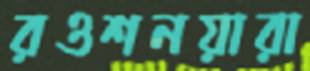
রওশনয়ারা